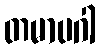
တမာပဂါ